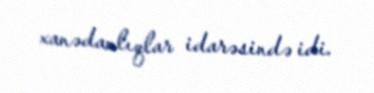
xanədanlıqlar idarəsində idi.